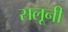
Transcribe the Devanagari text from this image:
सलूनी